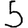
Digit: 5